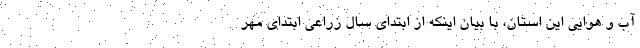
آب و هوایی این استان، با بیان اینکه از ابتدای سال زراعی ابتدای مهر